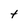
Character: t